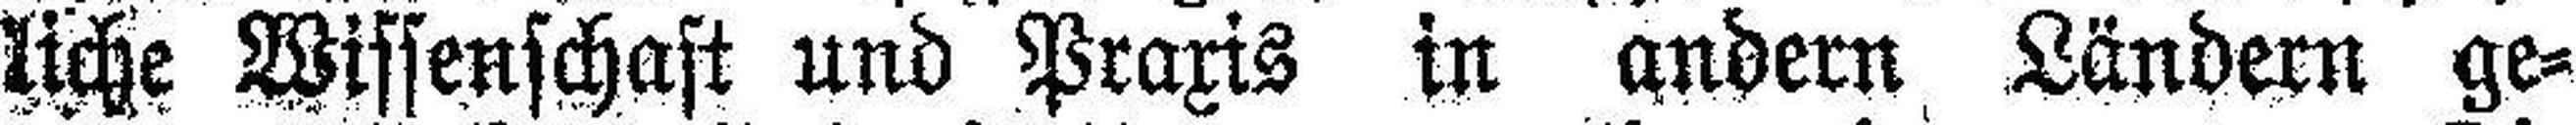
liche Wissenschaft und Praxis in andern Ländern ge¬